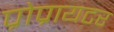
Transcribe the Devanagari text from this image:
प्रोप्रायटर